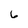
Character: 6